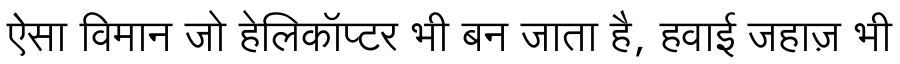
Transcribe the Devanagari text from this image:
ऐसा विमान जो हेलिकॉप्टर भी बन जाता है, हवाई जहाज़ भी